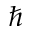
\hslash